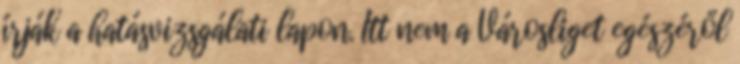
írják a hatásvizsgálati lapon. Itt nem a Városliget egészéről